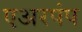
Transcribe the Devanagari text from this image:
एअरपंप